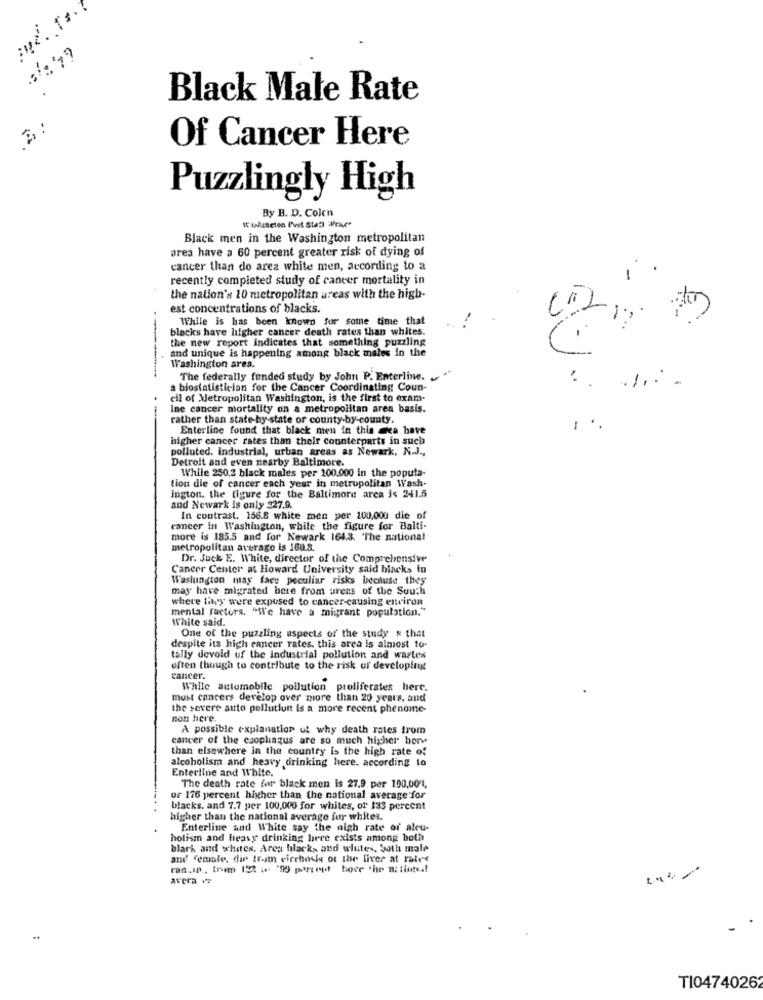
:/379
Black Male Rate
Of Cancer Here
Puzzlingly High
By B. D. Colcn
I takuneton Pust Stati Wrac"
Black men in the Washington metropolitan
area have a 60 percent greater risk of dying of
cancer than do arez white men, according to a
recently completed study of cancer mortality in
the nation's 10 metropolitan areas with the high-
est concentrations of blacks.
While is has been known for some time that
blacks have higher cancer death rates than whites.
the new report indicates that something puzzling
and unique is happening among black males in the
--
Washington area.
The federally funded study by John P. Enterline ..
..
biostatistician for the Cancer Coordinating Coun-
cil of Metropolitan Washington, is the first to exam-
ine cancer mortality on a metropolitan area basis.
..
rather than state-by-state or county-by-county.
Enterline found that black men in this aca have
-
higher cancer rates than their counterparts in such
polluted. industrial, urban areas as Newark, N.J .,
Detroit and even nearby Baltimore.
While 250,2 black males per 100.000 in the poputa-
tion die of cancer each year in metropolitan Wash-
ington. the figure for the Baltimore area is 241.5
and Newark is only 227.9.
In contrast, 156.8 white men per 100,000 die of
cancer in Washington, while the figure for Balti-
more is 185.5 and for Newark 164.3. 'The national
metropolitan average is 150.8.
Dr. Jack E. White, director of the Comprehensive
Cancer Center at Howard University said blacks in
Waslungton may face peculiar risks because they
may have migrated here from urens of the South
where they were expused to cancer-causing environ
mental factors. "We have a migrant population."
White said.
One of the puzzling aspects of the study & that
despite its high cancer rates. this area is almost 10-
tally devoid uf the industrial pollution and wastes
often though to contribute to the risk of developingt
cancer.
Wille automobile pollution proliferates here.
most cancers develop over more than 20 years. and
the severe auto pellutiun is a more recent phenome-
non here.
A possible explanation of why death rates trom
cancer of the caophagus are so much higher hore
than elsewhere in the country is the high rate of
alcoholism and heavy drinking here. according to
Enterline and White.
The death rate for black men is 27.9 per 100,00"1.
or 176 percent higher than the national average for
blacks. and 7.7 per 100,000 for whites, of 133 percent
higher than the national average for whites.
Enterline and White say the nigh rate of alcu-
holism and heavy drinking here exists among both
black and whites, Area black, and wlutes, both male
and female, dir tram cirrhosis ot the liver at rates
ras.In ., trimm 122 ... "99 perrend hose the n: tinte .!
avera +
T104740262